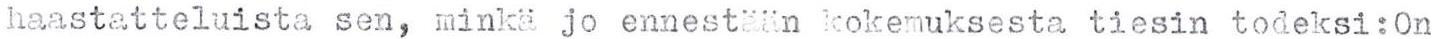
haastatteluista sen, minkä jo ennestään kokemuksesta tiesin todeksi:On